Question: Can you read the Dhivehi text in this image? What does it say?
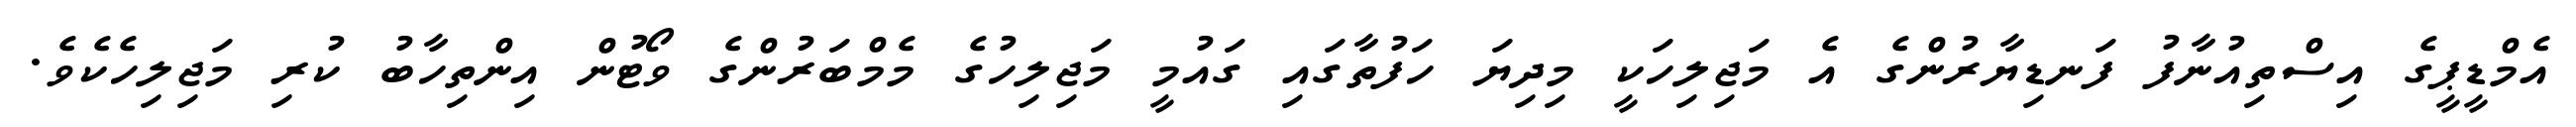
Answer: އެމްޑީޕީގެ އިސްތިއުނާފު ފަނޑިޔާރުންގެ އެ މަޖިލިހަކީ މިދިޔަ ހަފުތާގައި ގައުމީ މަޖިލިހުގެ މެމްބަރުންގެ ވޯޓުން އިންތިހާބު ކުރި މަޖިލިހެކެވެ.